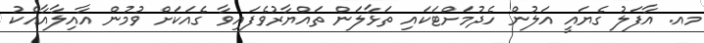
މއ. އާފަލު ގެޔައީ އަލުން ހެދުމަށްޓަކައި ތަޅާލަން ތައްޔާރުވެފައިވާ ގެއަކަށް ވުމުން އާއިލާއާއެކު